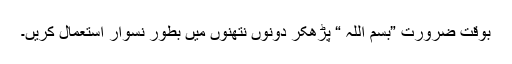
بوقت ضرورت ”بسم اللہ “ پڑھکر دونوں نتھنوں میں بطور نسوار استعمال کریں۔